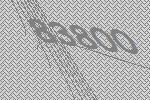
83800